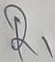
Text: R1